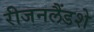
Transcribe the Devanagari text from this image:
रीजनलैंडशे